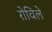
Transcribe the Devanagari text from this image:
रोविले